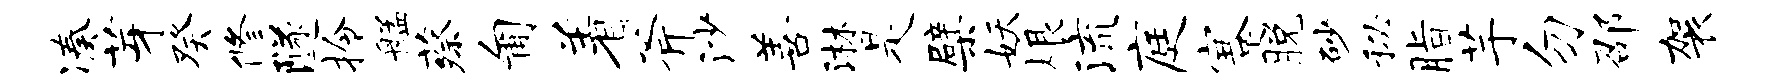
凑芽癸修隧拎艋蔡匍着斧沙善淋是檗妖根流庭蹇脱砂秘脂芋勿邵袈